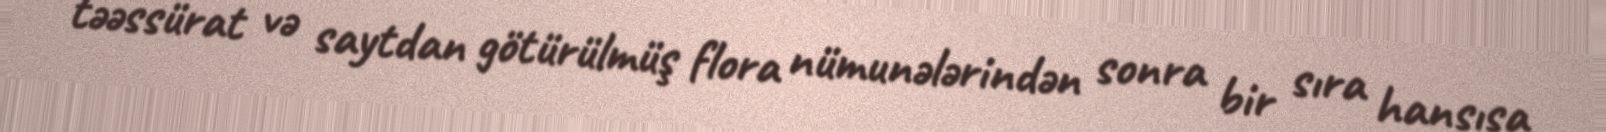
təəssürat və saytdan götürülmüş flora nümunələrindən sonra bir sıra hansısa